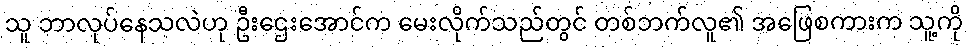
သူ ဘာလုပ်နေသလဲဟု ဦးဌေးအောင်က မေးလိုက်သည်တွင် တစ်ဘက်လူ၏ အဖြေစကားက သူ့ကို